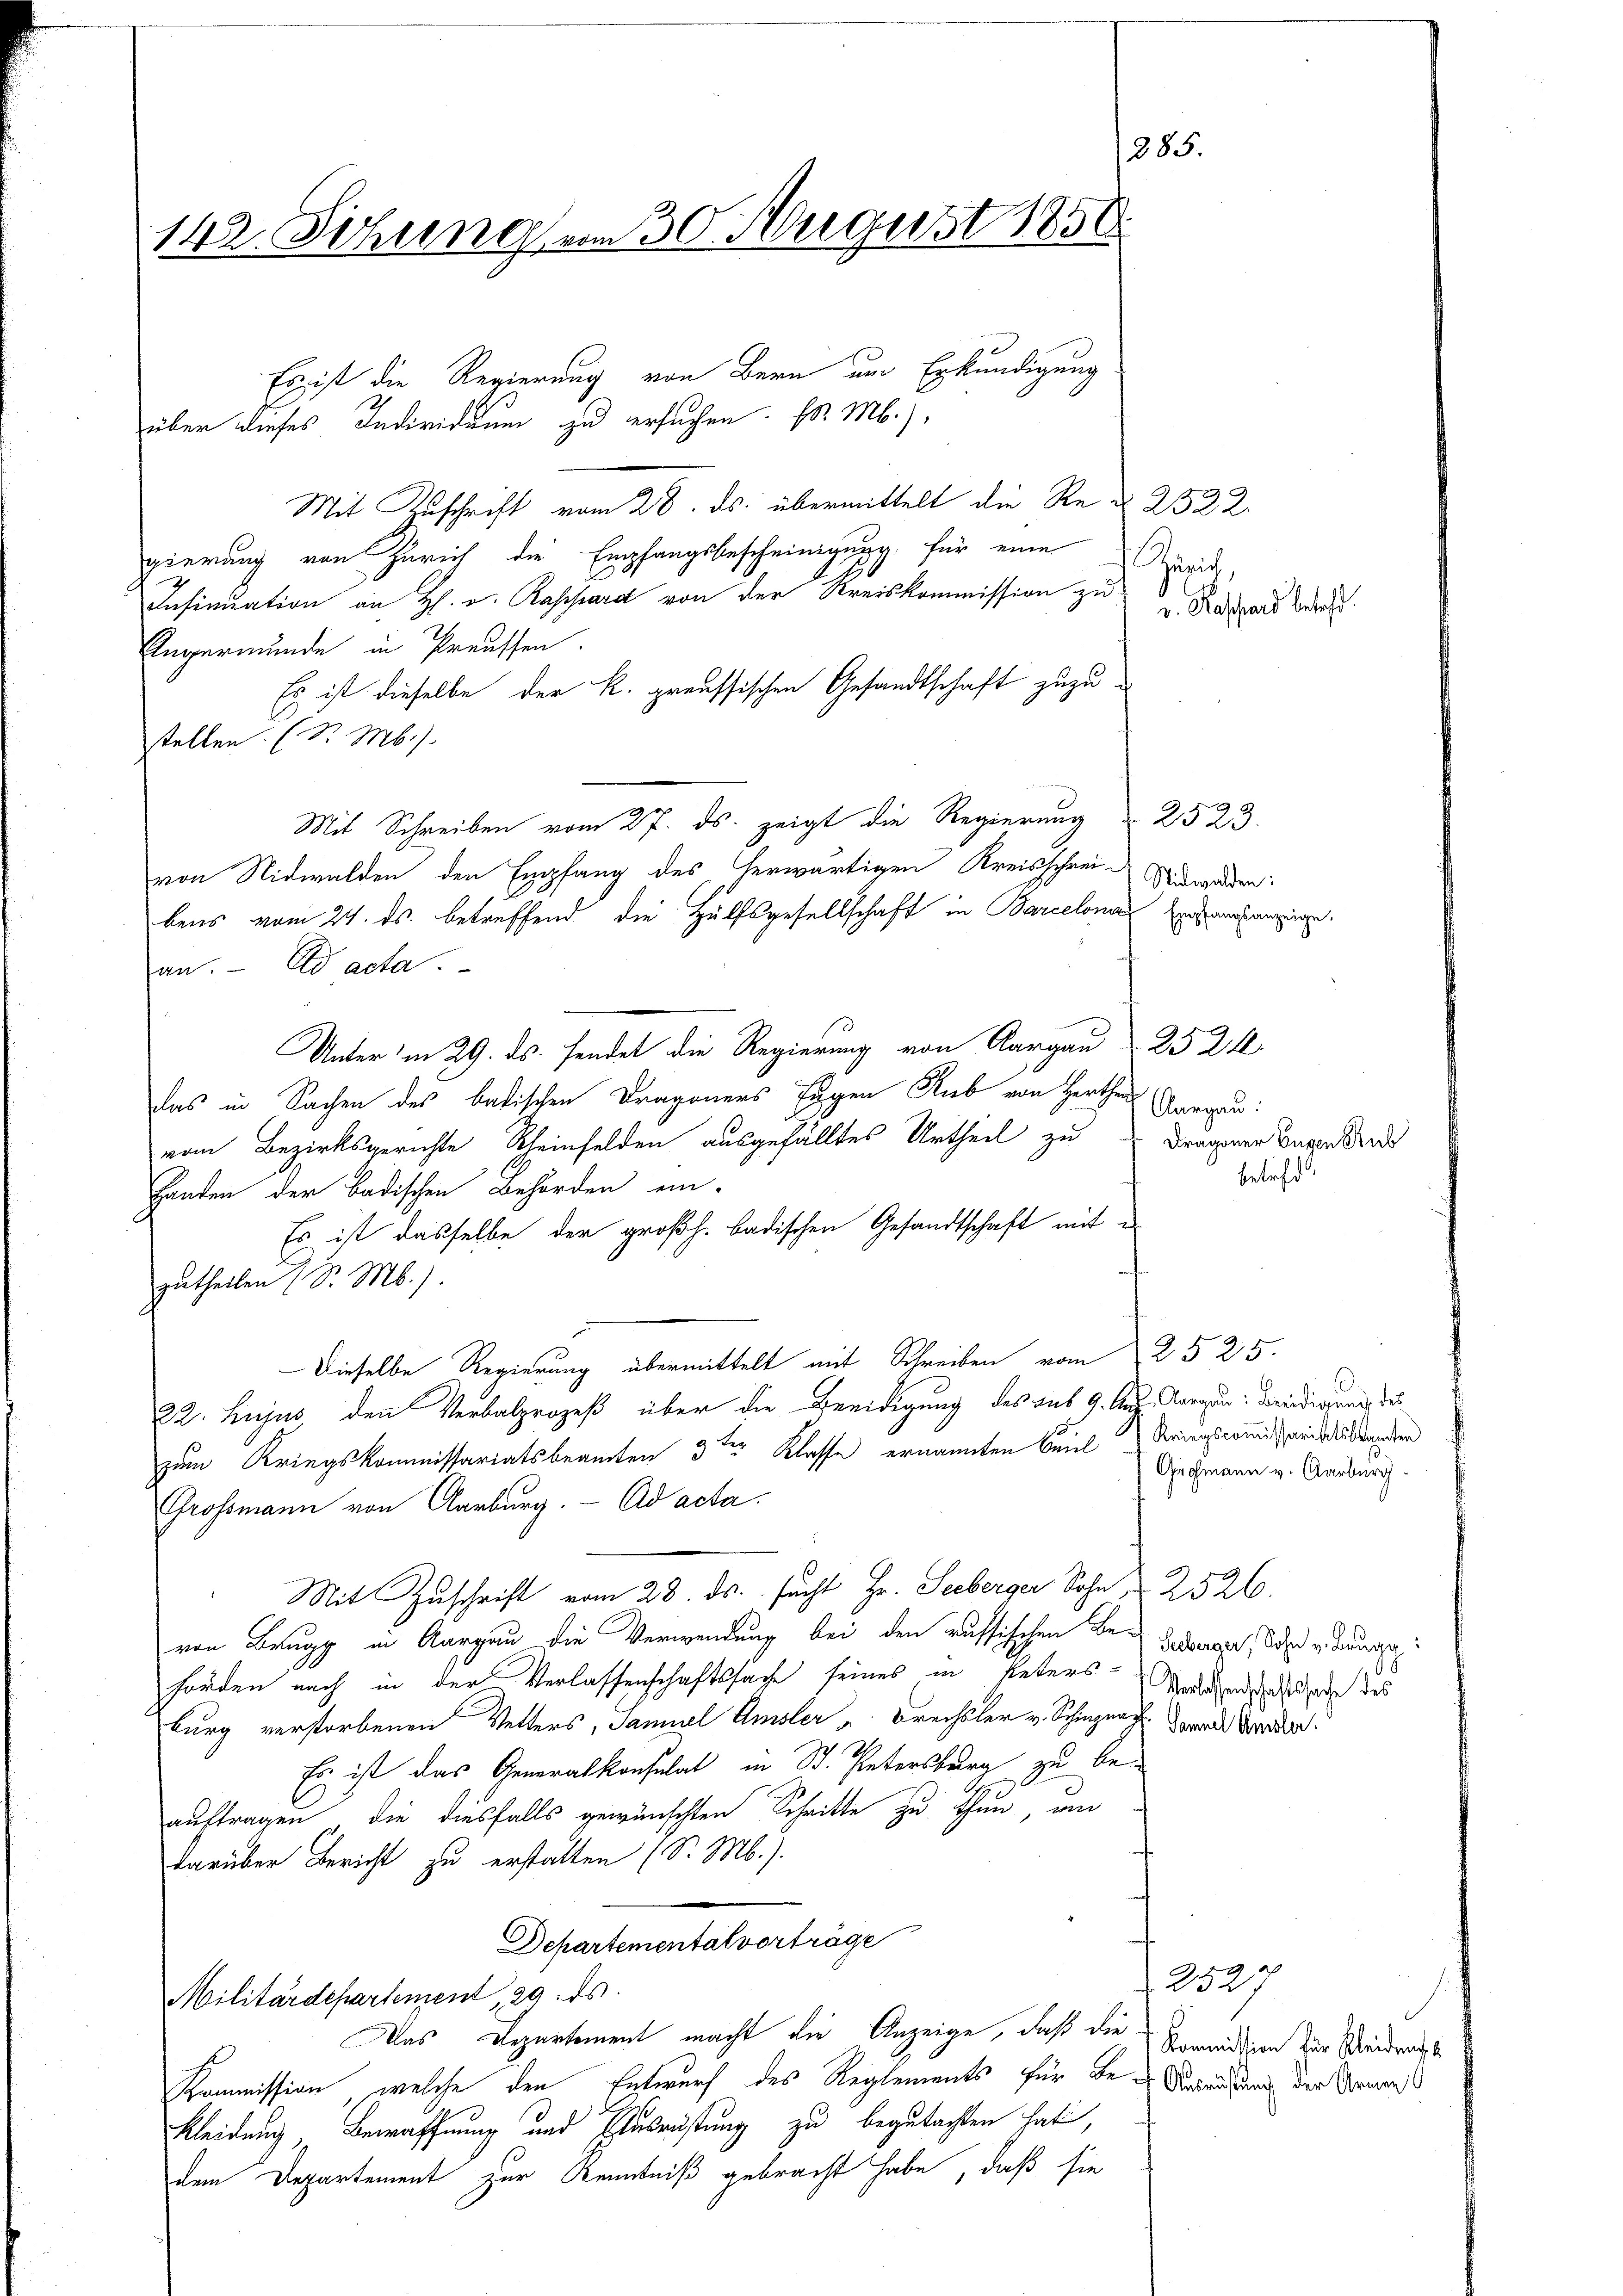
142. Sitzung am 30. August 1850

Es ist die Regierung von Bern um Erkundigung
über dieses Individuum zu ersuchen. (l. M.)
Mit Zuschrift vom 28. ds. übermittelt die Re- § 2522.
gierung von Zürich die Empfangsbescheinigung, für eine
u
Insinuation an H. v. Rappard von der Kreiskommission zu
Aegermunde in Preussen.
Es ist dieselbe der k. preussischen Gesandtschaft zuzustellen. (Dr. M.
Mit Schreiben vom 27. ds. zeigt die Regierung 2523.
von Nidwalden den Empfang des herwärtigen Kreisschreie Anwalden:
bens vom 21. ds. betreffend die Hülfsgesellschaft in Barcelona versagen.
an. ad acta.
Unterm 29. ds. sendet die Regierung von Aargau 25 21
das in Sachen des badischen Dragoners Eigen Lieb von Hertes Aargau:
vom Bezirksgerichte Scheinfelden ausgefälltes Urtheil zu Fragenen Begebend
Handen der badischen Behörden ein-
Es ist dasselbe der großh. badischen Gesandtschaft mit e
zutheilen (S. M.).
 Dieselbe Regierung übermittelt mit Schreiben vom 25 25.
22. hujus den Verbalprozeß über die Beeidigung des sub 9. Aug. Aargau Breidigung des
zum Kriegskommissariatsbeamten 3ten Klasse ernannten Seiel Kriegscomischeidesdrandten
Grossmann von Aarburg. ad acta.
Mit Zuschrift vom 28. ds. sucht Hr. Seeberger Sohn u. 2526.
von Brugg in Aargau die Verwendung bei den russischen Be-
hörden nach in der Verlassenschaftssache seines in Peters Versehenschaftsade des
burg verstorbenen Vetters, Samuel Amsler "Drechsler v. Schien u. darande Verorden.
Es ist das Generalkonsulat in St. Petersburg zu beauftragen, die diesfalls gewünschten Schritte zu thun, um
darüber Bericht zu erstatten (S. M.).
Departementalverträge
Militärdepartement 29. ds.
Das Departement macht die Anzeige, daß die Armiddien zur Seiderungs
Kommission, welche den Entwurf des Reglements für des Anleidung der Armen
Kleidung, Bewaffnung und Ausrüstung zu begutachten hat,
dem Departement zur Kenntniß gebracht habe, daß sie

Kreis
. Kassard betr.

betreff

Grohmann v. Aarburg

Seeberger, Sohn v. Brugg:

2527